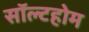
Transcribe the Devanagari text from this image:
सॉल्टहोम